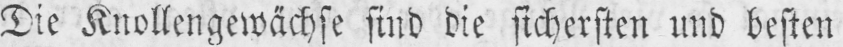
Die Knollengewächse sind die sichersten und besten